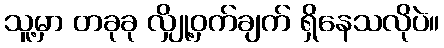
သူ့မှာ တခုခု လျှို့ဝှက်ချက် ရှိနေသလိုပဲ။